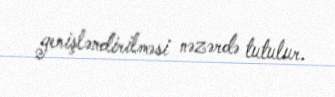
genişləndirilməsi nəzərdə tutulur.